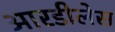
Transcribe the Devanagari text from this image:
आरडीलेस